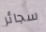
سجائر